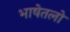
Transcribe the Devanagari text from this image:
भाषेतलो